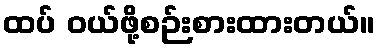
ထပ် ဝယ်ဖို့စဉ်းစားထားတယ်။